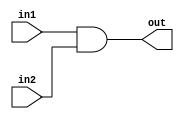
/* Verilog Code AND
 * Programmer: M. Canesche
 */

module AND 
( 
	input in1,
	input in2,
	output out 
);

assign out = in1 & in2;

endmodule // and